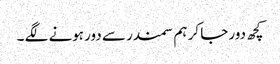
کچھ دور جا کر ہم سمندر سے دور ہونے لگے ۔